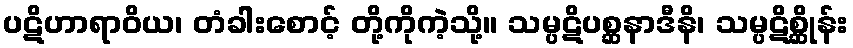
ပဋိဟာရာဝိယ၊ တံခါးစောင့် တို့ကိုကဲ့သို့။ သမ္ပဋိပစ္ဆနာဒီနိ၊ သမ္ပဋိစ္ဆိုန်း